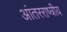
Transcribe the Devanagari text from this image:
आंतरराष्त्रीय